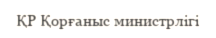
ҚР Қорғаныс министрлігі